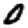
Digit: 0